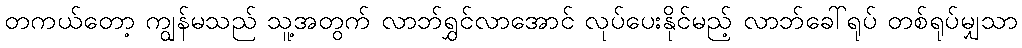
တကယ်တော့ ကျွန်မသည် သူ့အတွက် လာဘ်ရွှင်လာအောင် လုပ်ပေးနိုင်မည့် လာဘ်ခေါ်ရုပ် တစ်ရုပ်မျှသာ